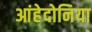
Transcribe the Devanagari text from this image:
आंहेदोनिया